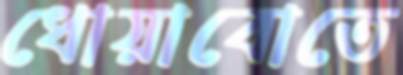
ধোয়াবোতে